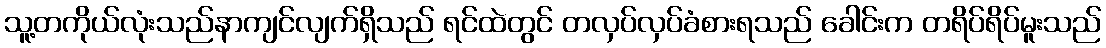
သူ့တကိုယ်လုံးသည်နာကျင်လျက်ရှိသည် ရင်ထဲတွင် တလှပ်လှပ်ခံစားရသည် ခေါင်းက တရိပ်ရိပ်မူးသည်